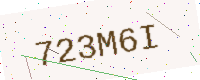
Text: 723M6I